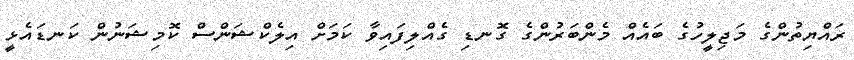
ރައްޔިތުންގެ މަޖިލީހުގެ ބައެއް މެންބަރުންގެ ގޮނޑި ގެއްލިފައިވާ ކަމަށް އިލެކްޝަންސް ކޮމިޝަނުން ކަނޑައެޅީ